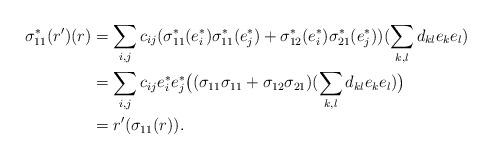
LaTeX: \begin{align*} \sigma_{11}^*(r^\prime)(r)&=\sum\limits_{i, j}c_{ij}(\sigma_{11}^*(e_i^*)\sigma_{11}^*(e_j^*) +\sigma_{12}^*(e_i^*) \sigma_{21}^*(e_j^*))(\sum\limits_{k, l}d_{kl}e_ke_l)\\&=\sum\limits_{i, j}c_{ij}e_i^*e_j^*\big((\sigma_{11}\sigma_{11}+\sigma_{12}\sigma_{21})(\sum\limits_{k, l}d_{kl}e_ke_l)\big)\\&=r^\prime(\sigma_{11}(r)).\end{align*}